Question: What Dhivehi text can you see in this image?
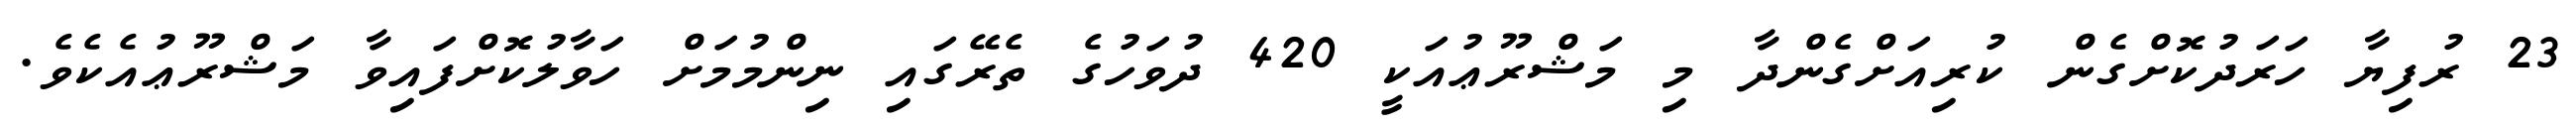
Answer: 23 ރުފިޔާ ހަރަދުކޮށްގެން ކުރިއަށްގެންދާ މި މަޝްރޫޢުއަކީ 420 ދުވަހުގެ ތެރޭގައި ނިންމުމަށް ހަވާލުކޮށްފައިވާ މަޝްރޫޢުއެކެވެ.